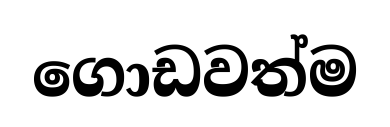
ගොඩවත්ම